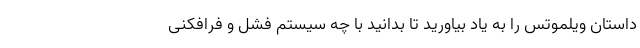
داستان ویلموتس را به یاد بیاورید تا بدانید با چه سیستم فشل و فرافکنی